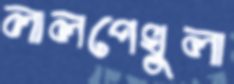
লালপেখুলা